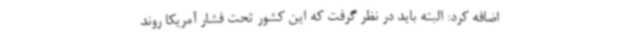
اضافه کرد: البته باید در نظر گرفت که این کشور تحت فشار آمریکا روند